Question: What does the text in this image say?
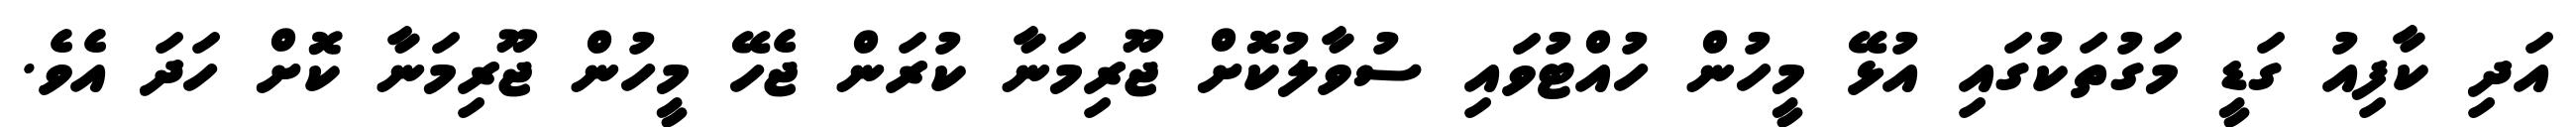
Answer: އަދި ކާފިއު ގަޑީ މަގުތަކުގައި އުޅޭ މީހުން ހުއްޓުވައި ސުވާލުކޮށް ޖޫރިމަނާ ކުރަން ޖެހޭ މީހުން ޖޫރިމަނާ ކޮށް ހަދަ އެވެ.